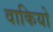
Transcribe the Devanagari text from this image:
वाकियो